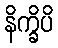
နိက္ခိပိ